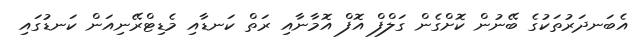
އެބަނދަރުތަކުގެ ބޭނުން ކޮށްގެން ގަލްފް އޮފް އޮމާނާއި ރަތް ކަނޑާއި މެޑިޓްރޭނިއަން ކަނޑުގައި